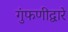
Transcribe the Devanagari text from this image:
गुंफणीद्वारे